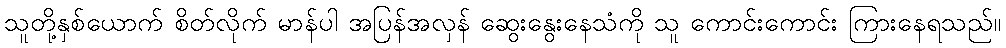
သူတို့နှစ်ယောက် စိတ်လိုက် မာန်ပါ အပြန်အလှန် ဆွေးနွေးနေသံကို သူ ကောင်းကောင်း ကြားနေရသည်။